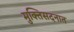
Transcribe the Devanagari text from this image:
मुक्तिसदनात